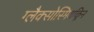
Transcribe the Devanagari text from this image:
ग्लैक्सोस्मिथक्लिन